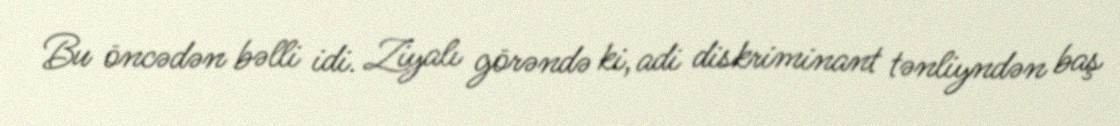
Bu öncədən bəlli idi. Ziyalı görəndə ki, adi diskriminant tənliyndən baş